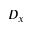
D _ { x }